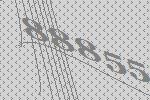
88855